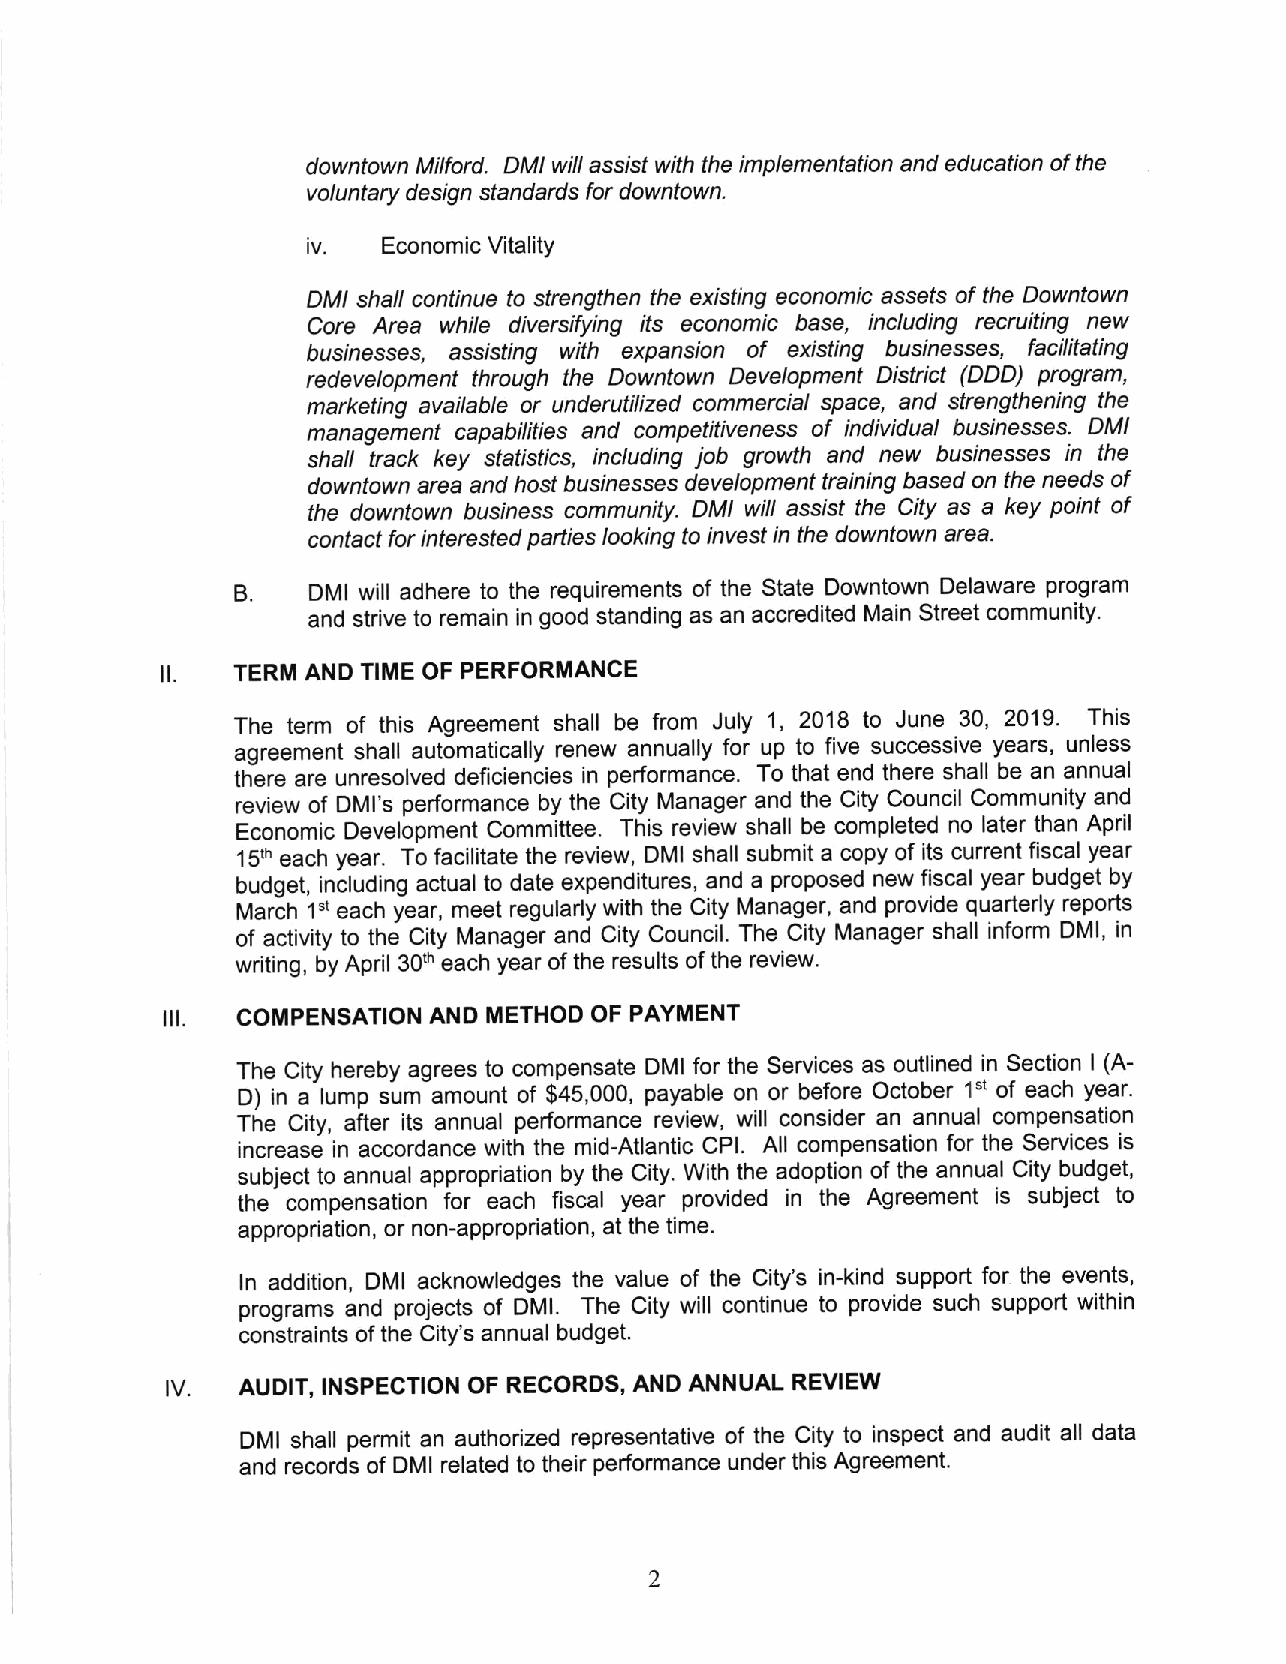
downtown Milford. DMI will assist with the implementation and education of the
 voluntary design standards for downtown.
 iv.
 Economic Vitality
 DMt shalt continue to strengthen the existing economic assefs of fhe Downtown
 Core Area while diversifying its economic base, including recruiting new
 of
 buslnesses, asslstlng with expansion existing busrnesses, facilitating
 redevelopment through the Downtown Development District (DDD) program,
 marketing available or underutilized commercial space, and strengthening the
 management capabilities and competitiveness of individual busrnesses' DMl
 shatl lrack key statistics, including iob growth and new bus,nesses ln the
 downtown arei and host buslnesses development training based on the needs of
 the downtown busrness community. DMI will asslst the City as a key point of
 contact for interested pafties looking to invest in the downtown area'
 B.   DMI will adhere to the requirements of the state Downtown Delaware program
 and strive to remain in good standing as an accredited Main Street community.
 il.  TERM AND TIME OF PERFORMANCE
 The term of this Agreement shall be from July 1, 2018 to June 30' 2019 This
 agreement shall automatically renew annually for up to five successive years, unless
 thire are unresolved deficiencies in performance. To that end there shall be an annual
 review of DMI's performance by the city Manager and the city council community and
 Economic Development Commlttee. This review shall be completed no later than April
 15th each year. To facilitate the review, DMI shall submit a copy of its current fiscal year
 budget, intluding actual to date expenditures, and a proposed new fiscal year budget by
 Uarin i" each tear, meet regularly with the City Manager, and provide quarterly reports
 of activity to the city Manager and city council. The city Manager shall inform DMl, in
 writing, by April 30th each year of the results of the review.
 ilt. COMPENSATION AND METHOD OF PAYMENT
 The city hereby agrees to compensate DMI for the services as outlined in section I (A-
 D) in a lump sum-amount of $45,000, payable on or before October'tstof each year'
 The City, ailer its annual performance review, will consider an annual compensation
 increase in accordance with the mid-Atlantic CPl. All compensation for the Services is
 subject to annuat appropriation by the city. with the adoption of the annual city budget,
 the compensation ior each fiscal year provided in the Agreement is subject to
 appropriation, or non-appropriation, at the time.
 ln addition, DMI acknowledges the value of the city's in-kind support for the events,
 programs and projects of DMl. The city will continue to provide such support within
 constraints of the City's annual budget.
 tv.  AUDIT, INSPECTION OF RECORDS, AND ANNUAL REVIEW
 DMI shall permit an authorized representative of the city to inspect and audit all data
 and records of DMI related to their performance under this Agreement'
 2